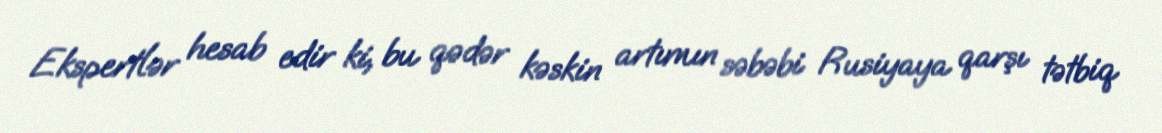
Ekspertlər hesab edir ki, bu qədər kəskin artımın səbəbi Rusiyaya qarşı tətbiq